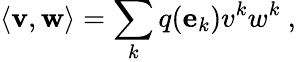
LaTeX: \langle\mathbf{v},\mathbf{w}\rangle=\sum_{k}q(\mathbf{e}_{k})v^{k}w^{k}\ ,